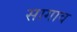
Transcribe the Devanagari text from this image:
सागाव